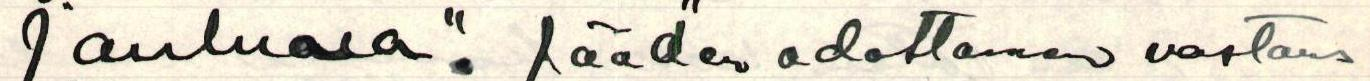
jouluva". Jääden odottamaan vastaus